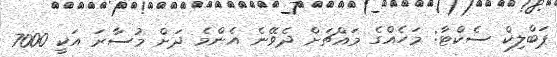
ޕަބްލިކް ސެކްޓާ: މަހެއްގެ މައްޗަށް ދެވޭނެ އެންމެ ދަށް މުސާރަ އަކީ 7000